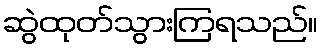
ဆွဲထုတ်သွားကြရသည်။